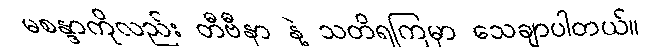
မစန္ဒာကိုလည်း တီဗီနာ နဲ့ သတိရကြမှာ သေချာပါတယ်။